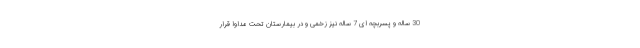
30 ساله و پسربچه ای 7 ساله نیز زخمی و در بیمارستان تحت مداوا قرار